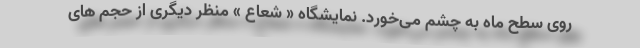
روی سطح ماه به چشم می‌خورد. نمایشگاه « شعاع » منظر دیگری از حجم های